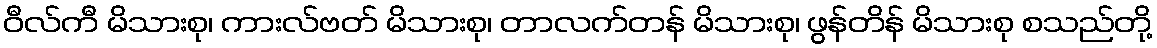
ဝီလ်ကီ မိသားစု၊ ကားလ်ဗတ် မိသားစု၊ တာလက်တန် မိသားစု၊ ဖွန်တိန် မိသားစု စသည်တို့